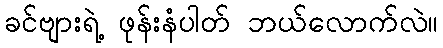
ခင်ဗျားရဲ့ ဖုန်းနံပါတ် ဘယ်လောက်လဲ။